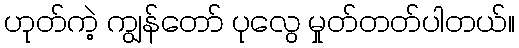
ဟုတ်ကဲ့ ကျွန်တော် ပုလွေ မှုတ်တတ်ပါတယ်။